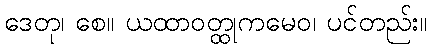
ဒေတု၊ စေ။ ယထာဝတ္ထုကမေဝ၊ ပင်တည်း။